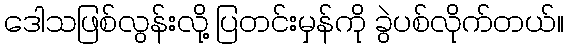
ဒေါသဖြစ်လွန်းလို့ ပြတင်းမှန်ကို ခွဲပစ်လိုက်တယ်။